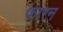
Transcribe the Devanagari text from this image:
फारन